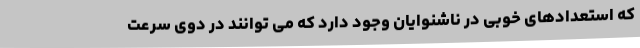
که استعدادهای خوبی در ناشنوایان وجود دارد که می توانند در دوی سرعت